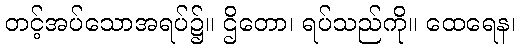
တင့်အပ်သောအရပ်၌။ ဌိတော၊ ရပ်သည်ကို။ ထေရေန၊